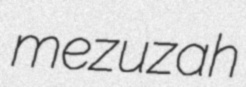
mezuzah